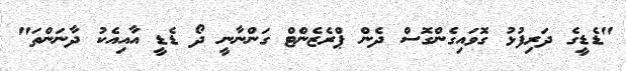
"ޑެޑީގެ ދަރިފުޅު ގޮވައިގެންގޮސް ދެން ޕްރެޒެންޓް ގަންނާނީ ދޯ ޑެޑީ އާއިއެކު ދާނަންތަ"